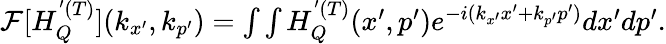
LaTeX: \begin{array}{r}{\mathcal{F}[H_{Q}^{'(T)}](k_{x^{\prime}},k_{p^{\prime}})=\int\int H_{Q}^{'(T)}(x^{\prime},p^{\prime})e^{-i(k_{x^{\prime}}x^{\prime}+k_{p^{\prime}}p^{\prime})}dx^{\prime}dp^{\prime}.}\end{array}